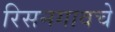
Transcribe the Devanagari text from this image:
रिसनगावचे